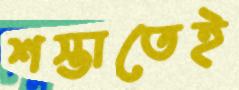
শস্তাতেই